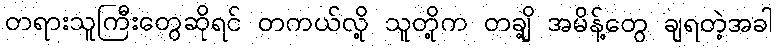
တရားသူကြီးတွေဆိုရင် တကယ်လို့ သူတို့က တချို့ အမိန့်တွေ ချရတဲ့အခါ